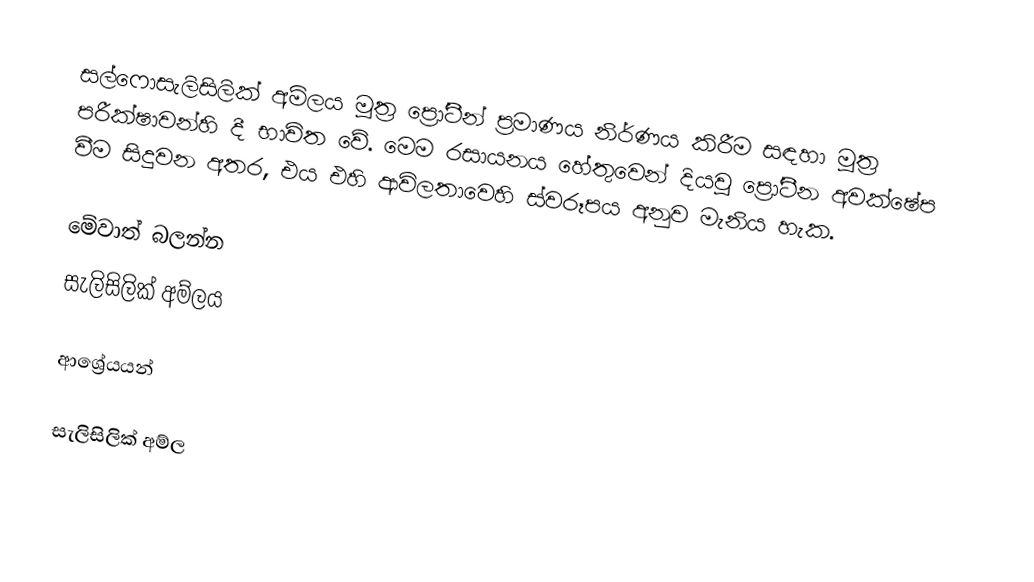
සල්ෆොසැලිසිලික් අම්ලය මූත්‍ර ප්‍රෝටීන් ප්‍රමාණය නිර්ණය කිරීම සඳහා මූත්‍ර පරීක්ෂාවන්හි දී භාවිත වේ. මෙම රසායනය හේතුවෙන් දියවූ ප්‍රෝටීන අවක්ෂේප වීම සිදුවන අතර, එය එහි ආවිලතාවෙහි ස්වරූපය අනුව මැනිය හැක.

මේවාත් බලන්න
සැලිසිලික් අම්ලය

ආශ්‍රේයයන්

සැලිසිලික් අම්ල